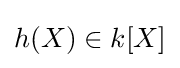
h(X)\in k[X]